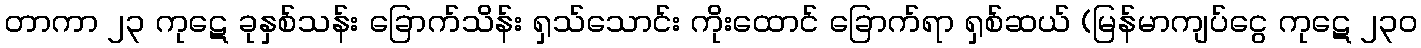
တာကာ ၂၃ ကုဋေ ခုနှစ်သန်း ခြောက်သိန်း ရှသ်သောင်း ကိုးထောင် ခြောက်ရာ ရှစ်ဆယ် (မြန်မာကျပ်ငွေ ကုဋေ ၂၃၀